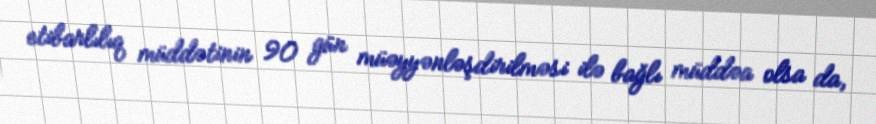
etibarlılıq müddətinin 90 gün müəyyənləşdirilməsi ilə bağlı müddəa olsa da,